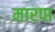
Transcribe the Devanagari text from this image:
मारपा